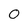
Character: 0